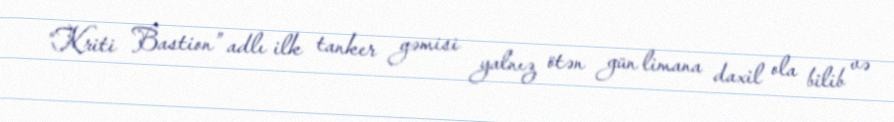
“Kriti Bastion” adlı ilk tanker gəmisi yalnız ötən gün limana daxil ola bilib və